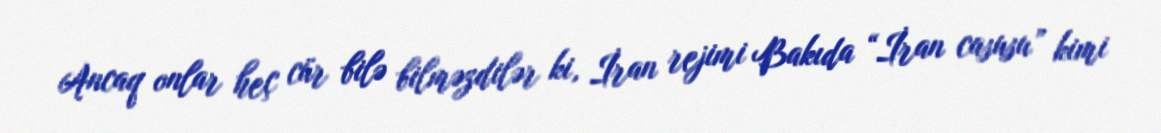
Ancaq onlar heç cür bilə bilməzdilər ki, İran rejimi Bakıda “İran casusu” kimi